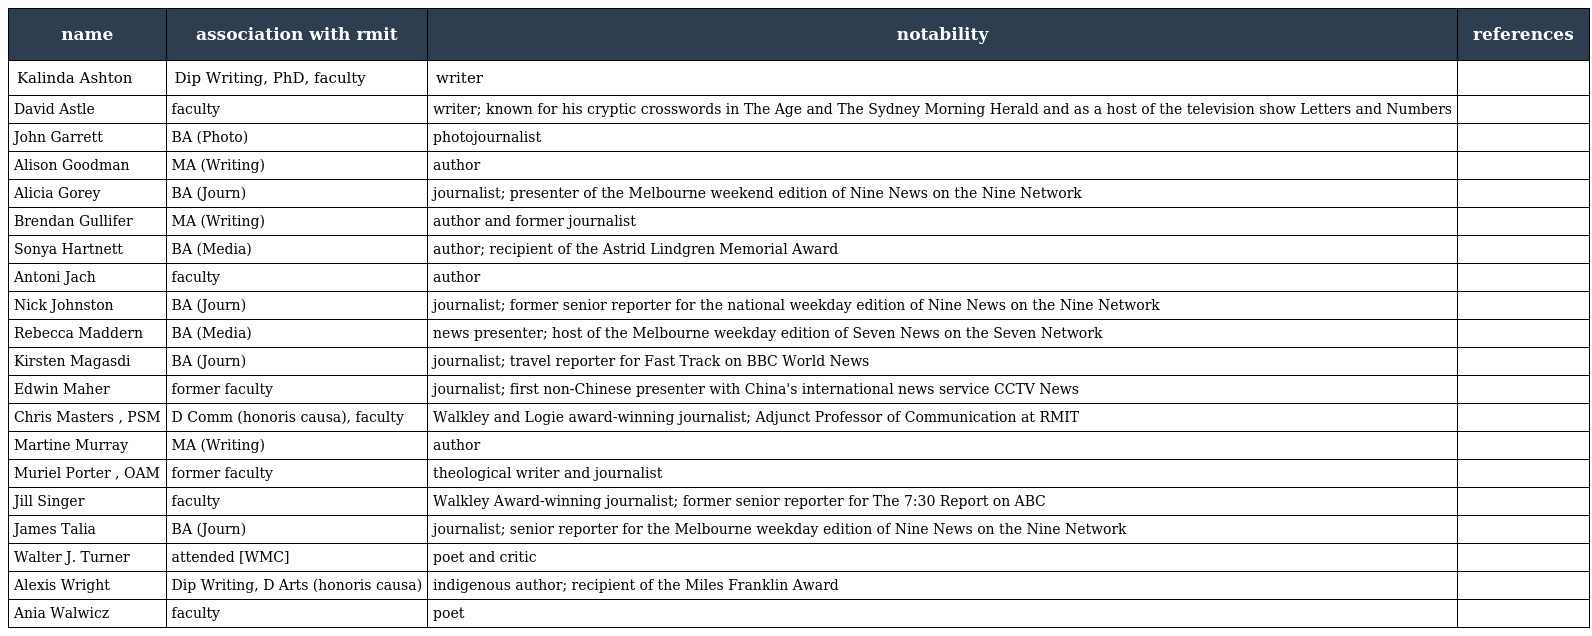
| name | association with rmit | notability | references |
 | --- | --- | --- | --- |
 | Kalinda Ashton | Dip Writing, PhD, faculty | writer |  |
 | David Astle | faculty | writer; known for his cryptic crosswords in The Age and The Sydney Morning Herald and as a host of the television show Letters and Numbers |  |
 | John Garrett | BA (Photo) | photojournalist |  |
 | Alison Goodman | MA (Writing) | author |  |
 | Alicia Gorey | BA (Journ) | journalist; presenter of the Melbourne weekend edition of Nine News on the Nine Network |  |
 | Brendan Gullifer | MA (Writing) | author and former journalist |  |
 | Sonya Hartnett | BA (Media) | author; recipient of the Astrid Lindgren Memorial Award |  |
 | Antoni Jach | faculty | author |  |
 | Nick Johnston | BA (Journ) | journalist; former senior reporter for the national weekday edition of Nine News on the Nine Network |  |
 | Rebecca Maddern | BA (Media) | news presenter; host of the Melbourne weekday edition of Seven News on the Seven Network |  |
 | Kirsten Magasdi | BA (Journ) | journalist; travel reporter for Fast Track on BBC World News |  |
 | Edwin Maher | former faculty | journalist; first non-Chinese presenter with China's international news service CCTV News |  |
 | Chris Masters , PSM | D Comm (honoris causa), faculty | Walkley and Logie award-winning journalist; Adjunct Professor of Communication at RMIT |  |
 | Martine Murray | MA (Writing) | author |  |
 | Muriel Porter , OAM | former faculty | theological writer and journalist |  |
 | Jill Singer | faculty | Walkley Award-winning journalist; former senior reporter for The 7:30 Report on ABC |  |
 | James Talia | BA (Journ) | journalist; senior reporter for the Melbourne weekday edition of Nine News on the Nine Network |  |
 | Walter J. Turner | attended [WMC] | poet and critic |  |
 | Alexis Wright | Dip Writing, D Arts (honoris causa) | indigenous author; recipient of the Miles Franklin Award |  |
 | Ania Walwicz | faculty | poet |  |